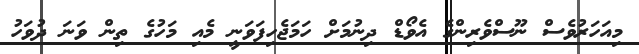
މިއަހަރުވެސް ނޫސްވެރިންގެ އެވޯޑް ދިނުމަށް ހަމަޖެހިފަވަނީ މެއި މަހުގެ ތިން ވަނަ ދުވަހު